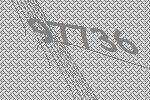
97736